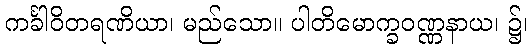
ကင်္ခါဝိတရဏိယာ၊ မည်သော။ ပါတိမောက္ခဝဏ္ဏနာယ၊ ၌၊